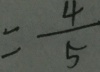
= \frac { 4 } { 5 }